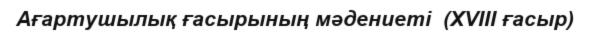
Ағартушылық ғасырының мәдениеті  (XVIII ғасыр)